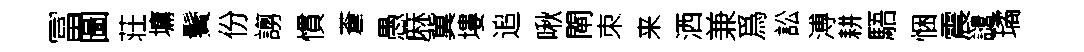
冨圖荘墉鬢份謭慣蒼愚麻冀塿追啾閘朿来洒兼爲訟溥耕䮏悃震譴璚